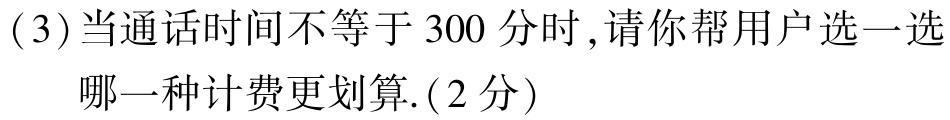
(3)当通话时间不等于 300 分时,请你帮用户选一选

哪一种计费更划算.(2分)